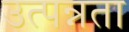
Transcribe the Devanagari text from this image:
उत्पन्नता